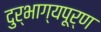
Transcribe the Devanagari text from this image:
दुर्भाग्‍यपूर्ण